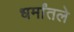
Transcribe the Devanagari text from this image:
धर्मांतले